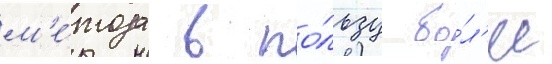
м'е́тода в по́льзу бо́л'ее